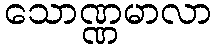
သောဏ္ဏမာလာ